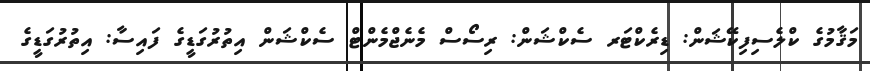
މަޤާމުގެ ކްލެސިފިކޭޝަން: ޑިރެކްޓަރ ސެކްޝަން: ރިސޯސް މެނެޖްމެންޓް ސެކްޝަން އިތުރުގަޑީގެ ފައިސާ: އިތުރުގަޑީގެ